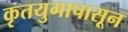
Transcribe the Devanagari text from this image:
कृतयुगापासून